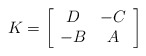
\begin{align*}K=\left [ \begin{array}{cc} D & -C\\ -B & A \end{array} \right ]\end{align*}